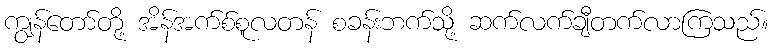
ကျွန်တော်တို့ အိန်အက်စ်စူလတန် စခန်းဘက်သို့ ဆက်လက်ချီတက်လာကြသည်။